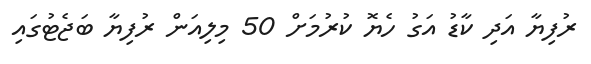
ރުފިޔާ އަދި ކާޑު އަގު ހެޔޮ ކުރުމަށް 50 މިލިއަން ރުފިޔާ ބަޖެޓުގައި